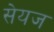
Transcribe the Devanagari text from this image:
सेयज